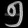
Digit: ၅